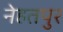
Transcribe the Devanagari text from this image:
नेहतपुर